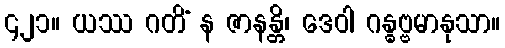
၄၂၁။ ယဿ ဂတိံ န ဇာနန္တိ၊ ဒေဝါ ဂန္ဓဗ္ဗမာနုသာ။